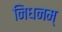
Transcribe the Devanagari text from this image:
निधनम्